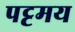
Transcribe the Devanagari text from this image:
पट्टमय